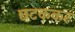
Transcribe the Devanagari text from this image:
छटककर